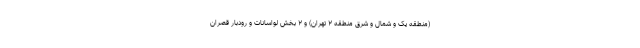
(منطقه یک و شمال و شرق منطقه ۲ تهران) و ۲ بخش لواسانات و رودبار قصران